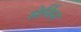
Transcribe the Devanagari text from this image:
सेर्निन